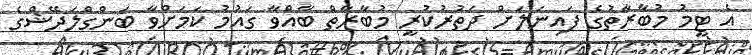
އެ ޓީމު މުބާރާތުގެ ފައިނަލަށް ދަތުރުކުރީ މުބާރާތް ބާއްވާ ގައުމު ކަމަށްވާ ބަންގްލަދޭޝްގެ